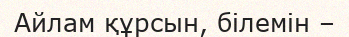
Айлам құрсын, білемін –